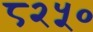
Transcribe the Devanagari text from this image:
८२५०